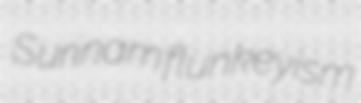
Surinam flunkeyism